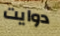
دوايت